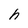
Character: h